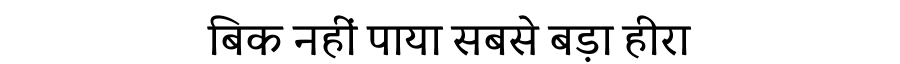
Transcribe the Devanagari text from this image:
बिक नहीं पाया सबसे बड़ा हीरा